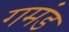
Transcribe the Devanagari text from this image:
गमंड